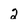
Character: 2